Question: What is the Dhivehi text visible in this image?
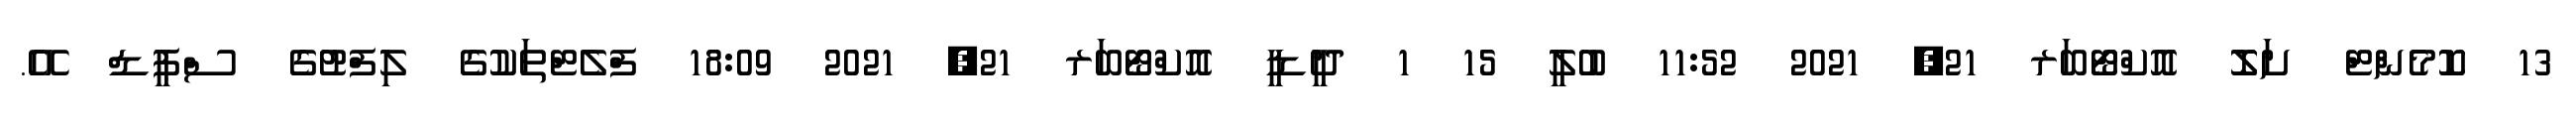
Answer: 13 ކޮމެންޓް ށަލޮ އޮކްޓޯބަރ 21, 2021 11:52 ބުލީ 15 1 ދީޑީ އޮކްޓޯބަރ 21, 2021 18:09 ފްލެޓްތަކުގެ ލިފްޓުގެ ސްޕީޑް އޭ.